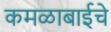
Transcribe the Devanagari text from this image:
कमळाबाईचे